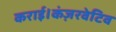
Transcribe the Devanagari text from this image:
कराई।कंज़रवेटिव